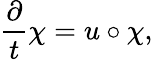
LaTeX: \frac{\partial}{t}\chi=u\circ\chi,